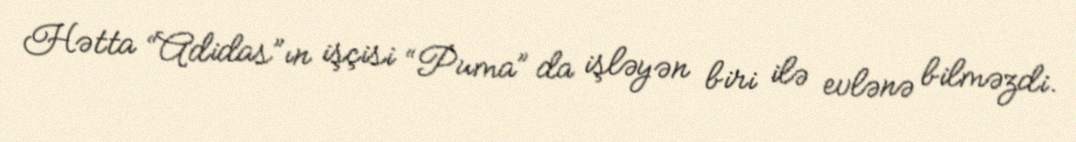
Hətta “Adidas”ın işçisi “Puma” da işləyən biri ilə evlənə bilməzdi.